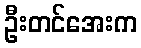
ဦးတင်အေးက